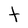
Character: t